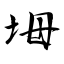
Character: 坶